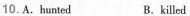
10.A.hunted B.killed